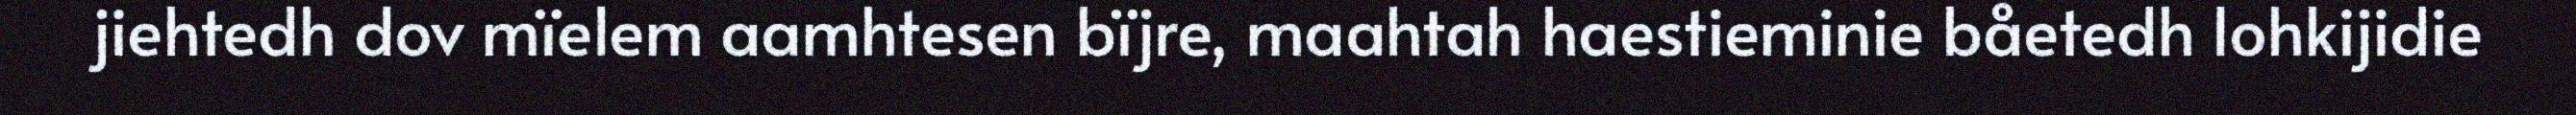
jiehtedh dov mïelem aamhtesen bïjre, maahtah haestieminie båetedh lohkijidie